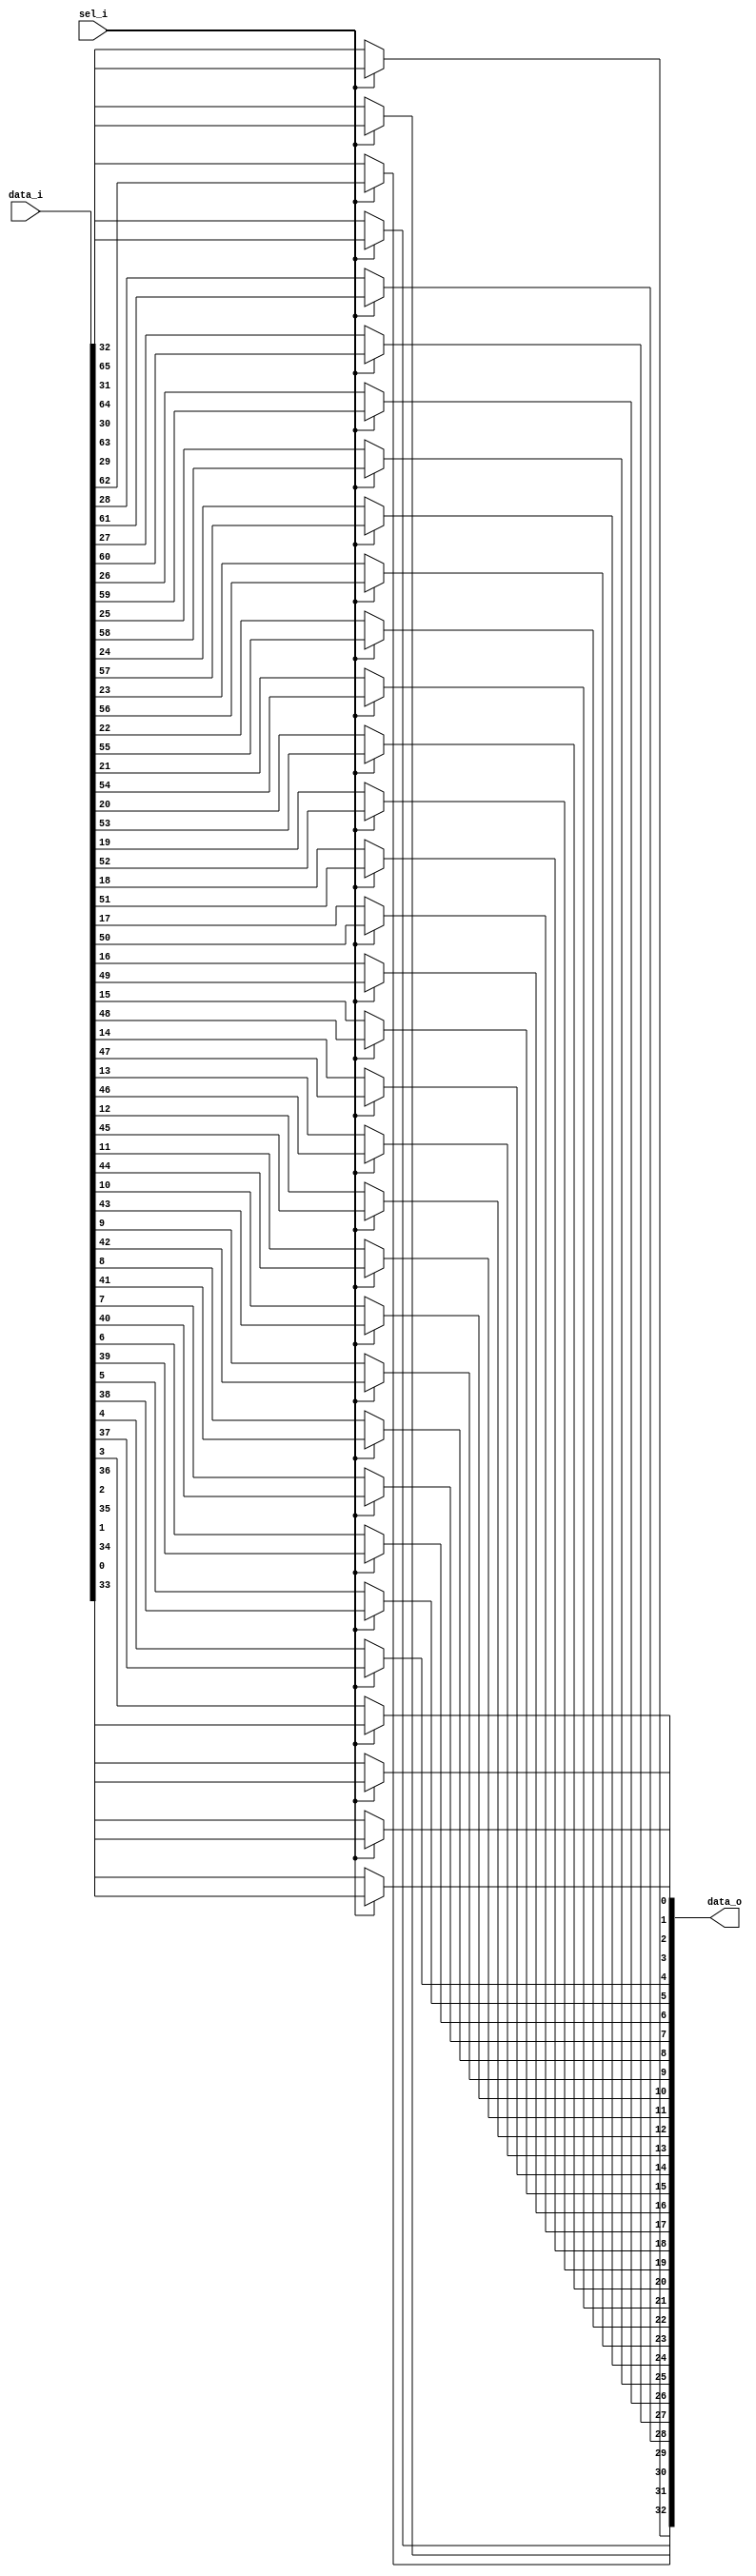
// This program was cloned from: https://github.com/NYU-MLDA/OpenABC
// License: BSD 3-Clause "New" or "Revised" License

module bsg_mux_width_p33_els_p2
(
  data_i,
  sel_i,
  data_o
);

  input [65:0] data_i;
  input [0:0] sel_i;
  output [32:0] data_o;
  wire [32:0] data_o;
  wire N0,N1;
  assign data_o[32] = (N1)? data_i[32] : 
                      (N0)? data_i[65] : 1'b0;
  assign N0 = sel_i[0];
  assign data_o[31] = (N1)? data_i[31] : 
                      (N0)? data_i[64] : 1'b0;
  assign data_o[30] = (N1)? data_i[30] : 
                      (N0)? data_i[63] : 1'b0;
  assign data_o[29] = (N1)? data_i[29] : 
                      (N0)? data_i[62] : 1'b0;
  assign data_o[28] = (N1)? data_i[28] : 
                      (N0)? data_i[61] : 1'b0;
  assign data_o[27] = (N1)? data_i[27] : 
                      (N0)? data_i[60] : 1'b0;
  assign data_o[26] = (N1)? data_i[26] : 
                      (N0)? data_i[59] : 1'b0;
  assign data_o[25] = (N1)? data_i[25] : 
                      (N0)? data_i[58] : 1'b0;
  assign data_o[24] = (N1)? data_i[24] : 
                      (N0)? data_i[57] : 1'b0;
  assign data_o[23] = (N1)? data_i[23] : 
                      (N0)? data_i[56] : 1'b0;
  assign data_o[22] = (N1)? data_i[22] : 
                      (N0)? data_i[55] : 1'b0;
  assign data_o[21] = (N1)? data_i[21] : 
                      (N0)? data_i[54] : 1'b0;
  assign data_o[20] = (N1)? data_i[20] : 
                      (N0)? data_i[53] : 1'b0;
  assign data_o[19] = (N1)? data_i[19] : 
                      (N0)? data_i[52] : 1'b0;
  assign data_o[18] = (N1)? data_i[18] : 
                      (N0)? data_i[51] : 1'b0;
  assign data_o[17] = (N1)? data_i[17] : 
                      (N0)? data_i[50] : 1'b0;
  assign data_o[16] = (N1)? data_i[16] : 
                      (N0)? data_i[49] : 1'b0;
  assign data_o[15] = (N1)? data_i[15] : 
                      (N0)? data_i[48] : 1'b0;
  assign data_o[14] = (N1)? data_i[14] : 
                      (N0)? data_i[47] : 1'b0;
  assign data_o[13] = (N1)? data_i[13] : 
                      (N0)? data_i[46] : 1'b0;
  assign data_o[12] = (N1)? data_i[12] : 
                      (N0)? data_i[45] : 1'b0;
  assign data_o[11] = (N1)? data_i[11] : 
                      (N0)? data_i[44] : 1'b0;
  assign data_o[10] = (N1)? data_i[10] : 
                      (N0)? data_i[43] : 1'b0;
  assign data_o[9] = (N1)? data_i[9] : 
                     (N0)? data_i[42] : 1'b0;
  assign data_o[8] = (N1)? data_i[8] : 
                     (N0)? data_i[41] : 1'b0;
  assign data_o[7] = (N1)? data_i[7] : 
                     (N0)? data_i[40] : 1'b0;
  assign data_o[6] = (N1)? data_i[6] : 
                     (N0)? data_i[39] : 1'b0;
  assign data_o[5] = (N1)? data_i[5] : 
                     (N0)? data_i[38] : 1'b0;
  assign data_o[4] = (N1)? data_i[4] : 
                     (N0)? data_i[37] : 1'b0;
  assign data_o[3] = (N1)? data_i[3] : 
                     (N0)? data_i[36] : 1'b0;
  assign data_o[2] = (N1)? data_i[2] : 
                     (N0)? data_i[35] : 1'b0;
  assign data_o[1] = (N1)? data_i[1] : 
                     (N0)? data_i[34] : 1'b0;
  assign data_o[0] = (N1)? data_i[0] : 
                     (N0)? data_i[33] : 1'b0;
  assign N1 = ~sel_i[0];

endmodule